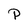
Character: P